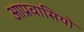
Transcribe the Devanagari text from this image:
आप्रवासियो